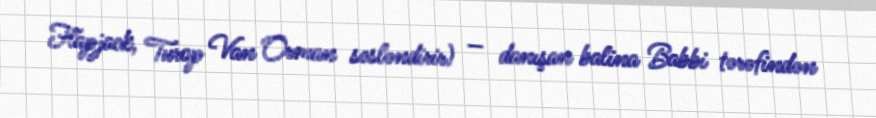
Flapjack, Turop Van Orman səsləndirir) — danışan balina Babbi tərəfindən